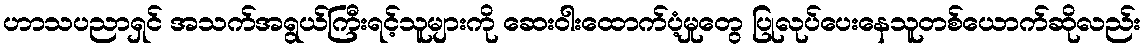
ဟာသပညာရှင် အသက်အရွယ်ကြီးရင့်သူများကို ဆေးဝါးထောက်ပံ့မှုတွေ ပြုလုပ်ပေးနေသူတစ်ယောက်ဆိုလည်း